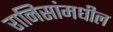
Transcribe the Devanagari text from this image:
रानिसांमधील